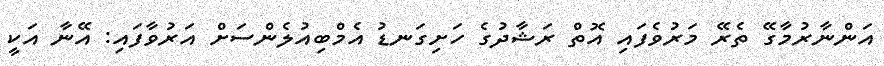
އަންނާރުމާގޭ ތެރޭ މަރުވެފައި އޮތް ރަޝާދުގެ ހަށިގަނޑު އެމްބިއުލެންސަށް އަރުވާފައި: އޭނާ އަކީ